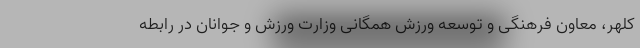
کلهر، معاون فرهنگی و توسعه ورزش همگانی وزارت ورزش و جوانان در رابطه